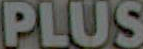
PLUS